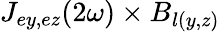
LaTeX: J_{ey,ez}(2\omega)\times B_{l(y,z)}